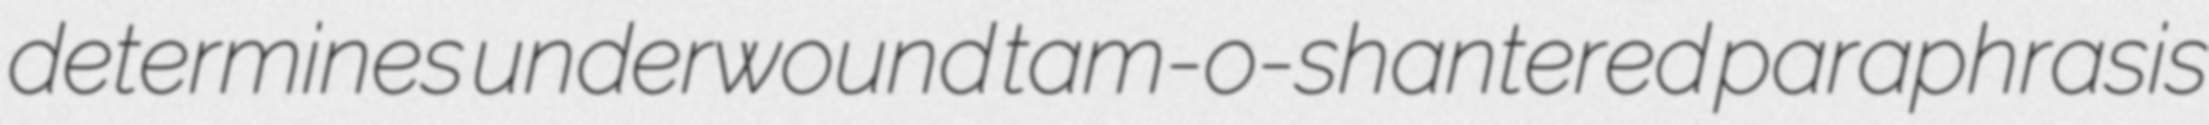
determines underwound tam-o-shantered paraphrasis